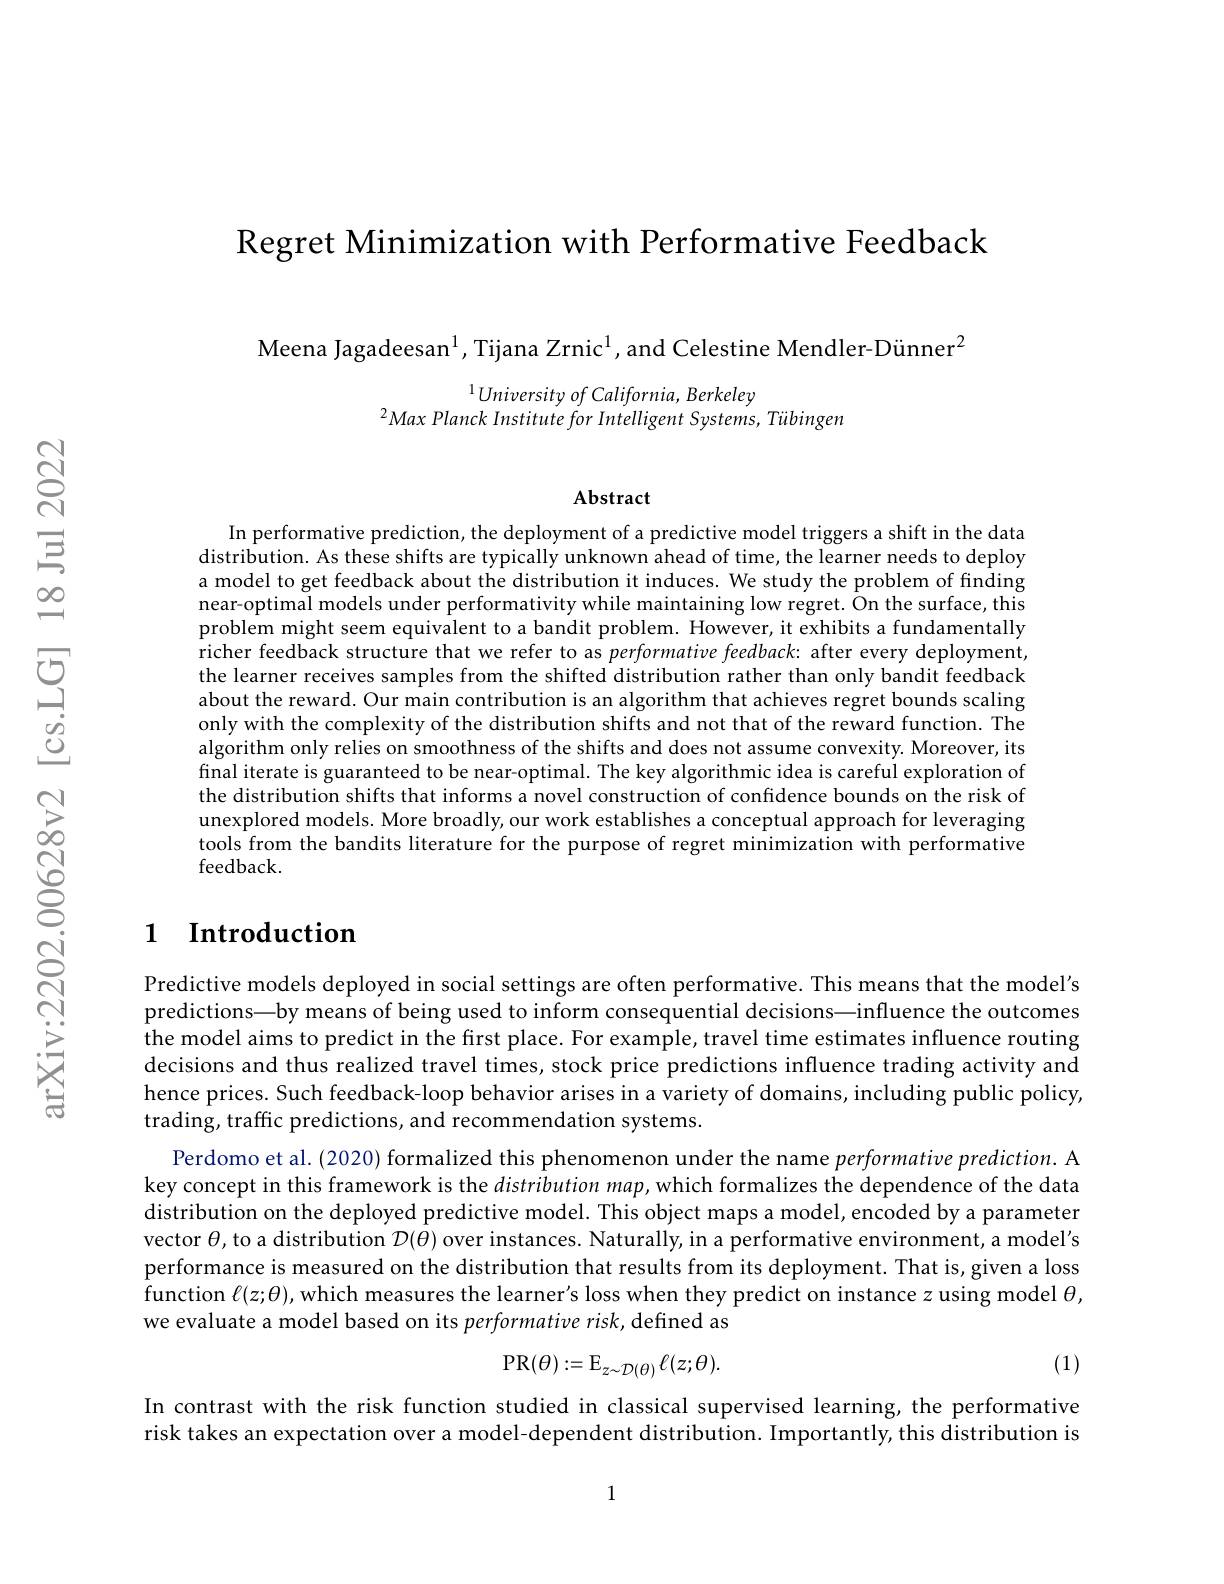
Regret Minimization with Performative Feedback

Meena Jagadeesan$^{1}$, Tijana Zrnic$^{1}$, and Celestine Mendler-Dünner$^{2}$

$^{1}Universityof\textit{California, Berkeley}$
$^2Max\text{ Planck Institute for Intelligent Systems, T\"{u} bingen}$

Abstract

In performative prediction, the deployment of a predictive model triggers a shift in the data distribution. As these shifts are typically unknown ahead of time, the learner needs to deploy a model to get feedback about the distribution it induces. We study the problem of finding near-optimal models under performativity while maintaining low regret. On the surface, this problem might seem equivalent to a bandit problem. However, it exhibits a fundamentally richer feedback structure that we refer to as performative feedback: after every deployment, the learner receives samples from the shifted distribution rather than only bandit feedback about the reward. Our main contribution is an algorithm that achieves regret bounds scaling only with the complexity of the distribution shifts and not that of the reward function. The algorithm only relies on smoothness of the shifts and does not assume convexity. Moreover, its final iterate is guaranteed to be near-optimal. The key algorithmic idea is careful exploration of the distribution shifts that informs a novel construction of confidence bounds on the risk of unexplored models. More broadly, our work establishes a conceptual approach for leveraging tools from the bandits literature for the purpose of regret minimization with performative feedback.

## 1 $\textbf{Introduction}$

Predictive models deployed in social settings are often performative. This means that the model's predictions—by means of being used to inform consequential decisions—influence the outcomes the model aims to predict in the first place. For example, travel time estimates influence routing decisions and thus realized travel times, stock price predictions influence trading activity and hence prices. Such feedback-loop behavior arises in a variety of domains, including public policy, trading, traffic predictions, and recommendation systems.

Perdomo et al. (2020) formalized this phenomenon under the name performative prediction. A key concept in this framework is the distribution map, which formalizes the dependence of the data distribution on the deployed predictive model. This object maps a model, encoded by a parameter vector $\theta$,to a distribution $\mathcal{D}(\theta)$ over instances. Naturally, in a performative environment, a model's performance is measured on the distribution that results from its deployment. That is,given a loss function $\ell(z;\theta)$,which measures the learner's loss when they predict on instance $z$ using model $\theta$, we evaluate a model based on its performative risk, defined as

(1)
$$\mathrm P\mathrm R(\theta):=\mathrm E_{z\sim\mathcal D(\theta)}\ell(z;\theta).$$
In contrast with the risk function studied in classical supervised learning, the performative risk takes an expectation over a model-dependent distribution. Importantly, this distribution is

1